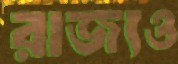
রাজ্যও